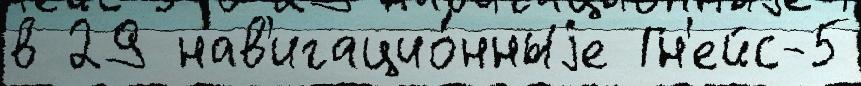
в 29 нав'игацио́нныjе Гн'ейс-5